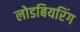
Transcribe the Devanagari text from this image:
लोडबियरिंग